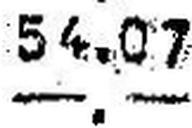
—.—